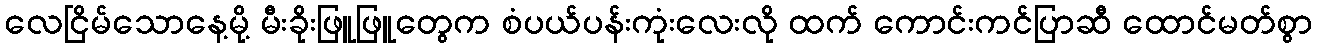
လေငြိမ်သောနေ့မို့ မီးခိုးဖြူဖြူတွေက စံပယ်ပန်းကုံးလေးလို ထက် ကောင်းကင်ပြာဆီ ထောင်မတ်စွာ